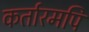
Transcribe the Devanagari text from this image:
कर्तारमपि